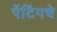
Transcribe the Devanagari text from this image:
पेंटिंगचे